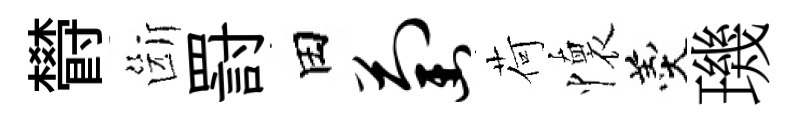
欎斷罸田萄荷懷羹璣